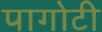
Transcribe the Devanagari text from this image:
पागोटी